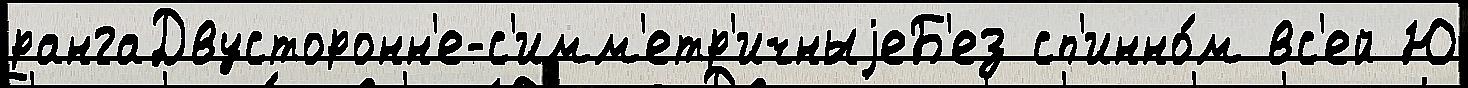
рангаДвусторонн'е-с'имм'етр'ичныjеБ'ез сп'инно́м вс'ей Ю